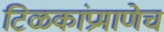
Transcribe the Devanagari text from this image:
टिळकांप्रमाणेच